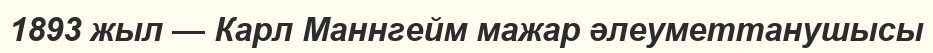
1893 жыл — Карл Маннгейм мажар әлеуметтанушысы